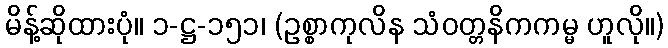
မိန့်ဆိုထားပုံ။ ၁-ဋ္ဌ-၁၅၁၊ (ဥစ္စာကုလိန သံဝတ္တနိကကမ္မ ဟူလို။)